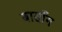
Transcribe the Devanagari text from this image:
बासाँग